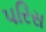
પરિસ